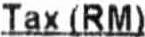
TAX (RM)